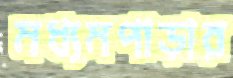
মধ্যমপাড়ার